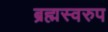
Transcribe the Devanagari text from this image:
ब्रह्मस्वरुप